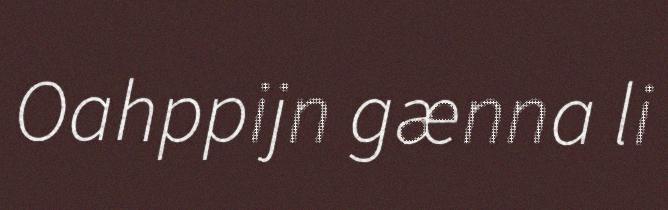
Oahppijn gænna li